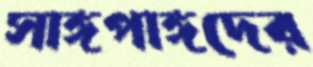
সাঙ্গপাঙ্গদের